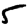
Digit: 5